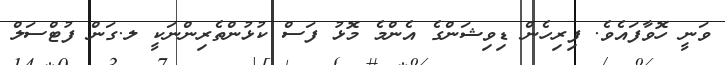
ވަނީ ހޮވާފައެވެ. ފިރިހެން ޑިވިޝަންގެ އެންމެ މޮޅު ފަސް ކުޅުންތެރިންނަކީ ލ.ގަން ފުޓްސަލް